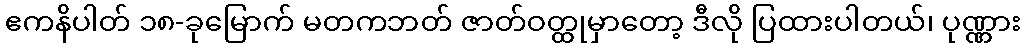
ဧကနိပါတ် ၁၈-ခုမြောက် မတကဘတ် ဇာတ်ဝတ္ထုမှာတော့ ဒီလို ပြထားပါတယ်၊ ပုဏ္ဏား